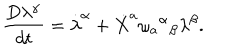
\frac { D \lambda ^ { \alpha } } { d t } = \dot { \lambda } ^ { \alpha } + \dot { X } ^ { a } \omega _ { a } { ^ \alpha } { _ \beta } \lambda ^ { \beta } .